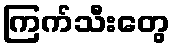
ကြက်သီးတွေ